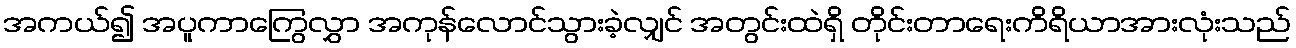
အကယ်၍ အပူကာကြွေလွှာ အကုန်လောင်သွားခဲ့လျှင် အတွင်းထဲရှိ တိုင်းတာရေးကိရိယာအားလုံးသည်